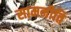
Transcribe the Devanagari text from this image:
सामनीति